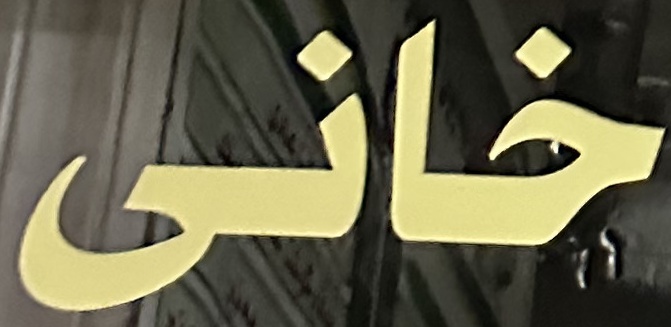
خانى